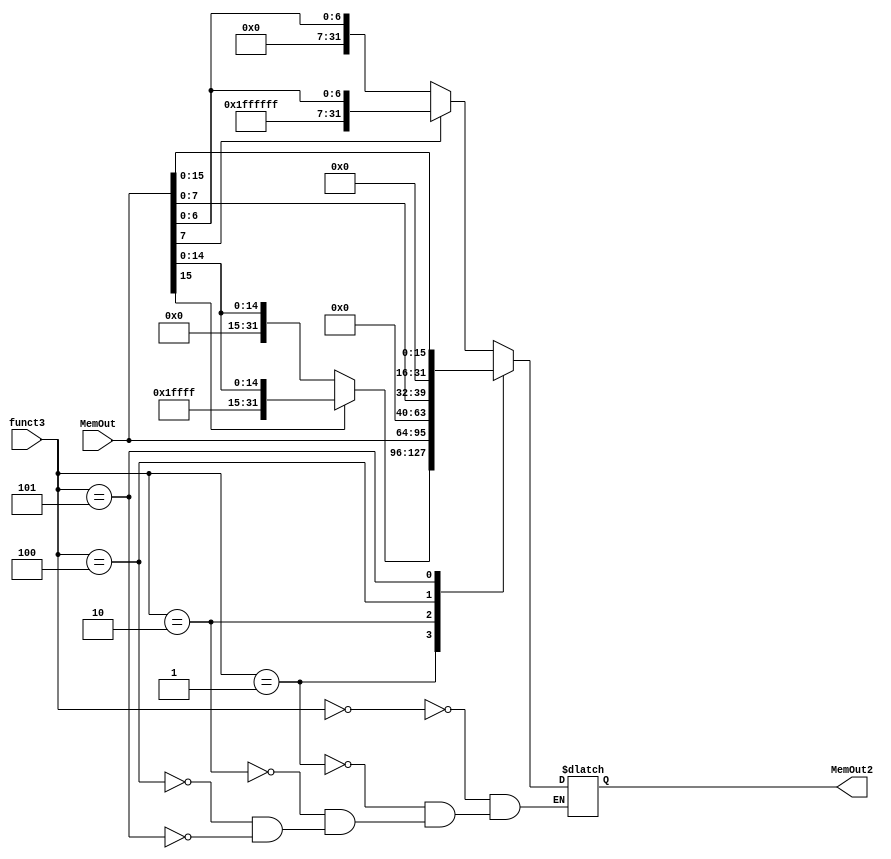
`timescale 1ns / 1ps

/*******************************************************************
*
* Module: LoadUnit.v
* Project: Milestone 2
          Omar Bahgat omar_bahgat@aucegypt.edu
* Description: Instruction Memory
*
* Change history: 
**********************************************************************/



module LoadUnit(
    input [31:0] MemOut,
    input [2:0] funct3,
    output reg [31:0] MemOut2
    );
    
    always @(*) begin
        case(funct3)
            3'b000: MemOut2 =  (MemOut[7] == 1'b1) ? {24'b1111_1111_1111_1111_1111_1111 , MemOut[7:0]} : {24'b0 , MemOut[7:0]};
            3'b001: MemOut2 =  (MemOut[15] == 1'b1) ? {16'b1111_1111_1111_1111 , MemOut[15:0]} : {16'b0 , MemOut[15:0]};
            3'b010: MemOut2 = MemOut;
            3'b100: MemOut2 = MemOut[7:0];
            3'b101: MemOut2 = MemOut[15:0];
        endcase
    end
    
endmodule